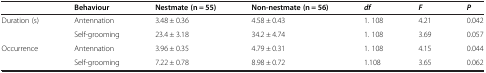
|  | Behaviour | Nestmate (n = 55) | Non-nestmate (n = 56) | df | F | P |
 | --- | --- | --- | --- | --- | --- | --- |
 | Duration (s) | Antennation | 3.48 ± 0.36 | 4.58 ± 0.43 | 1. 108 | 4.21 | 0.042 |
 |  | Self-grooming | 23.4 ± 3.18 | 34.2 ± 4.74 | 1. 108 | 3.69 | 0.057 |
 | Occurrence | Antennation | 3.96 ± 0.35 | 4.79 ± 0.31 | 1. 108 | 4.15 | 0.044 |
 |  | Self-grooming | 7.22 ± 0.78 | 8.98 ± 0.72 | 1.108 | 3.65 | 0.062 |